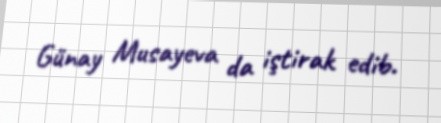
Günay Musayeva da iştirak edib.